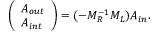
\left( \begin{array} { l } { A _ { o u t } } \\ { A _ { i n t } } \end{array} \right) = ( - M _ { R } ^ { - 1 } M _ { L } ) A _ { i n } .